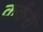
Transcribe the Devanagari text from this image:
कर्करी